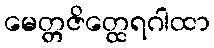
မေတ္တဇိတ္ထေရဂါထာ